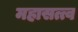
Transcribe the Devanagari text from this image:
महासत्त्व